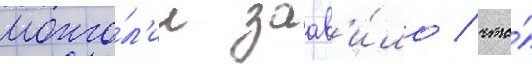
монго́л'ии заав'и́ло / что́